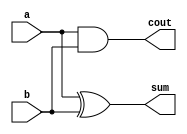
module Half_Adder(sum, cout, a, b);
	input a, b;
	output sum, cout;

	xor(sum, a, b);
	and(cout, a, b);
endmodule